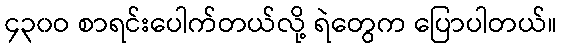
၄၃၀ဝ စာရင်းပေါက်တယ်လို့ ရဲတွေက ပြောပါတယ်။